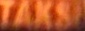
TAKSI